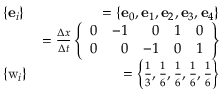
\begin{array} { r l r } & { \{ \mathbf { e } _ { i } \} } & { = { \left\{ \mathbf { e } _ { 0 } , \mathbf { e } _ { 1 } , \mathbf { e } _ { 2 } , \mathbf { e } _ { 3 } , \mathbf { e } _ { 4 } \right\} } } \\ & { } & { = \frac { \Delta x } { \Delta t } \left\{ \begin{array} { r r r r r } { 0 } & { - 1 } & { 0 } & { 1 } & { 0 } \\ { 0 } & { 0 } & { - 1 } & { 0 } & { 1 } \end{array} \right\} } \\ & { \{ \mathrm { w } _ { i } \} } & { = { \left\{ \frac { 1 } { 3 } , \frac { 1 } { 6 } , \frac { 1 } { 6 } , \frac { 1 } { 6 } , \frac { 1 } { 6 } \right\} } } \end{array}